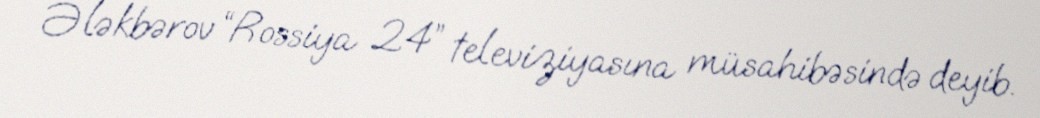
Ələkbərov “Rossiya 24” televiziyasına müsahibəsində deyib.